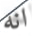
انه